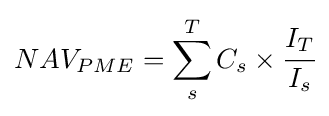
NAV_{PME}=\sum _{s}^{T}C_{s}\times {\cfrac {I_{T}}{I_{s}}}